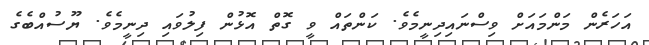
އަހަރެން މަންމައަށް ވިސްނައިދިނީމެވެ. ކަންތައް ވީ ގޮތް އޮޅުން ފިލުވައި ދިނީމެވެ. ޔޫސުއްބެގެ